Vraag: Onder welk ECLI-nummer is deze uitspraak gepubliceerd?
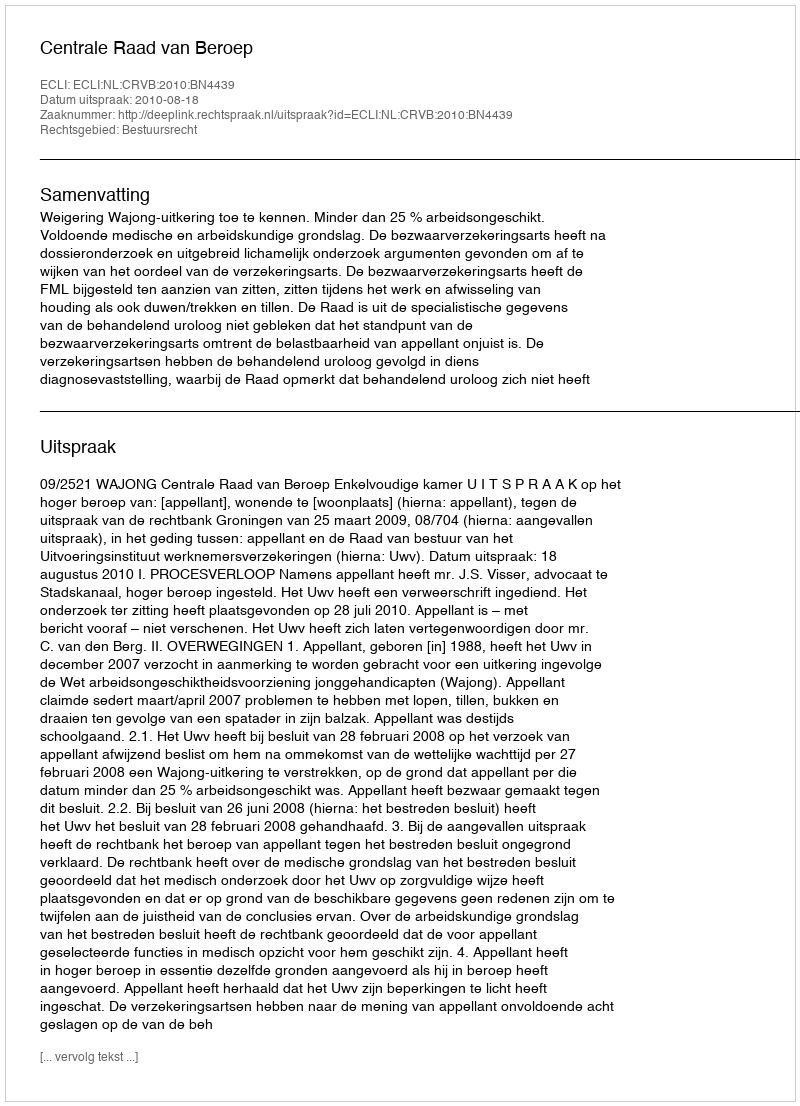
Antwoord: ECLI:NL:CRVB:2010:BN4439